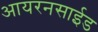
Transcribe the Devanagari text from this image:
आयरनसाईड